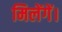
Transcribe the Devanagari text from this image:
मिलेंगें।